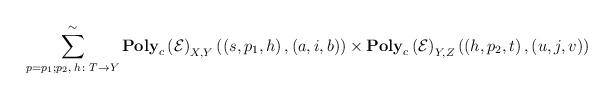
LaTeX: \begin{align*}\sum_{p=p_{1};p_{2},\;h\colon T\to Y}^{\sim}\mathbf{Poly}_{c}\left(\mathcal{E}\right)_{X,Y}\left(\left(s,p_{1},h\right),\left(a,i,b\right)\right)\times\mathbf{Poly}_{c}\left(\mathcal{E}\right)_{Y,Z}\left(\left(h,p_{2},t\right),\left(u,j,v\right)\right)\end{align*}